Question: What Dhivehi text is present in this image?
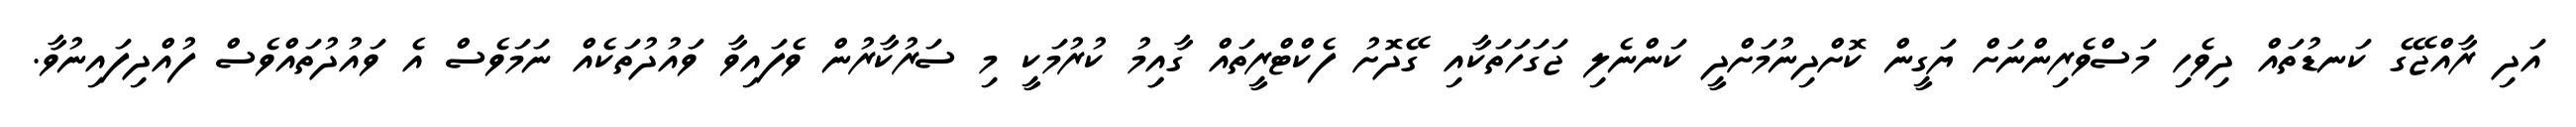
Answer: އަދި ރާއްޖޭގެ ކަނޑުތައް ދިވެހި މަސްވެރިންނަށް ޔަގީން ކޮށްދިނުމަށްދީ ކަންނެލި ޖަގަހަތަކާއި ގޭދޮށު ފެކްޓްރީތައް ގާއިިމު ކުރުމަކީ މި ސަރުކާރުން ވެފައިވާ ވައުދުތަކެއް ނަމަވެސް އެ ވައުދުތައްވެސް ފުއްދިފައިނުވާ.